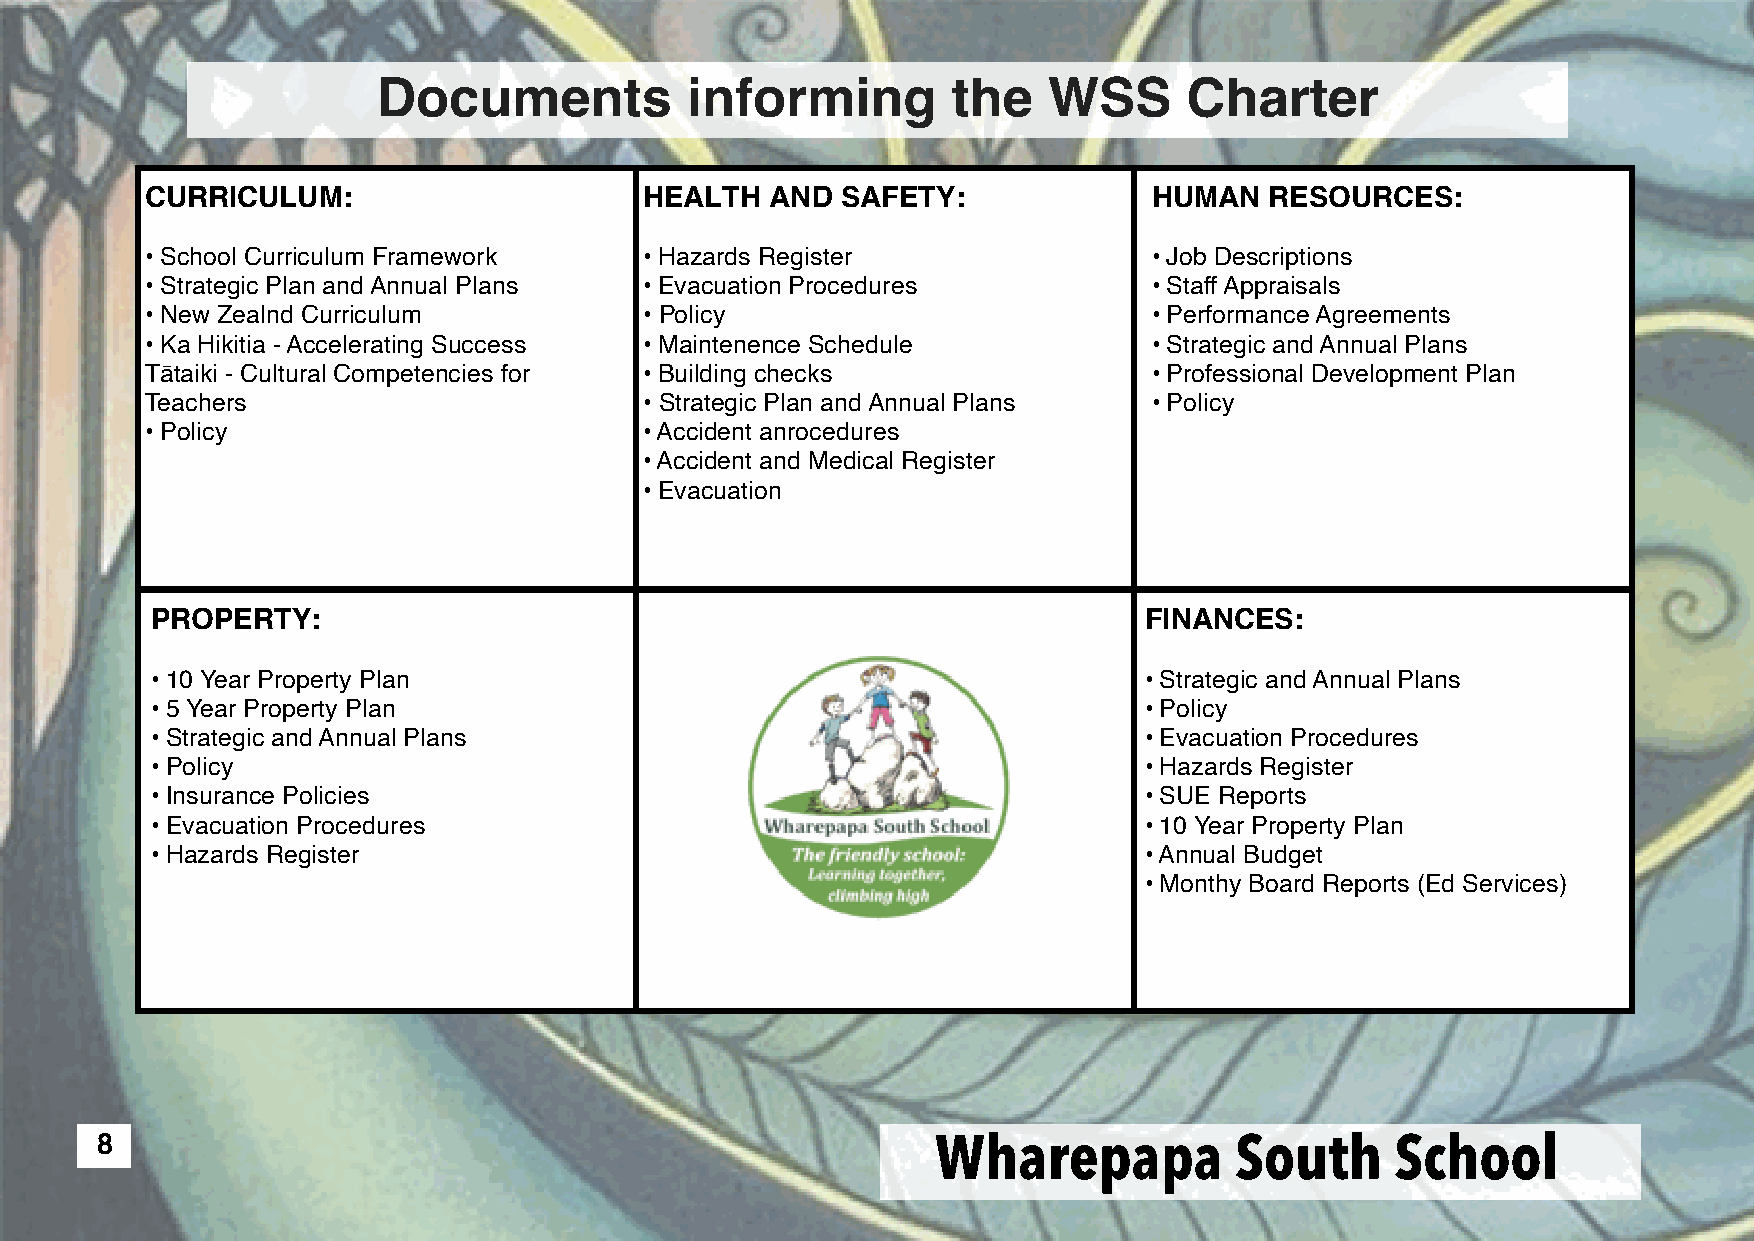
Documents           informing         the   WSS       Charter
 CURRICULUM:                      HEALTH  AND  SAFETY:             HUMAN   RESOURCES:
 • School Curriculum Framework    • Hazards Register               • Job Descriptions
 • Strategic Plan and Annual Plans • Evacuation Procedures         • Staff Appraisals
 • New Zealnd Curriculum          • Policy                         • Performance Agreements
 • Ka Hikitia - Accelerating Success • Maintenence Schedule        • Strategic and Annual Plans
 Tātaiki - Cultural Competencies for • Building checks             • Professional Development Plan
 Teachers                         • Strategic Plan and Annual Plans • Policy
 • Policy                         • Accident anrocedures
 • Accident and Medical Register
 • Evacuation
 PROPERTY:                                                         FINANCES:
 • 10 Year Property Plan                                           • Strategic and Annual Plans
 • 5 Year Property Plan                                            • Policy
 • Strategic and Annual Plans                                      • Evacuation Procedures
 • Policy                                                          • Hazards Register
 • Insurance Policies                                              • SUE Reports
 • Evacuation Procedures                                           • 10 Year Property Plan
 • Hazards Register                                                • Annual Budget
 • Monthy Board Reports (Ed Services)
 8
 Wharepapa           South     School